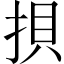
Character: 𢭲